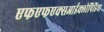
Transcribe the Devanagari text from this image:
एफएफएक्सआईक्लोपिडिया